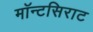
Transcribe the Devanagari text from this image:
मॉन्टसिराट